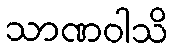
သာဏဝါသိ